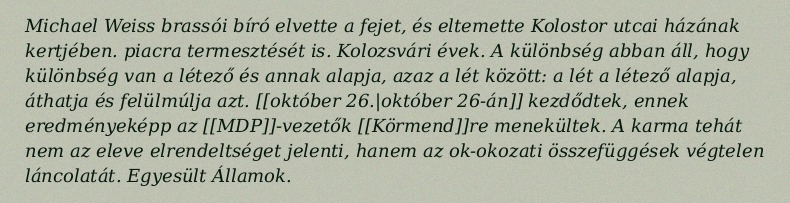
Michael Weiss brassói bíró elvette a fejet, és eltemette Kolostor utcai házának kertjében. piacra termesztését is. Kolozsvári évek. A különbség abban áll, hogy különbség van a létező és annak alapja, azaz a lét között: a lét a létező alapja, áthatja és felülmúlja azt. [[október 26.|október 26-án]] kezdődtek, ennek eredményeképp az [[MDP]]-vezetők [[Körmend]]re menekültek. A karma tehát nem az eleve elrendeltséget jelenti, hanem az ok-okozati összefüggések végtelen láncolatát. Egyesült Államok.